system: You are a helpful assistant.
user:
Analyze the provided spectrum to determine if it is a **White Dwarf (WD)**.

A White Dwarf spectrum is defined by its **extreme purity** (due to gravitational settling) and/or **extreme pressure broadening** (due to high surface gravity). You must check for one of the following mutually exclusive signatures:

- **Key Visual Indicators (Check for ONE of these types):**

    - **1. DA-Type Signature (Most Common):**
        - **(Primary Feature):** Extreme pressure broadening (Stark broadening) of the **Hydrogen (H) Balmer lines**.
        - **(Key Lines):** $H\beta$ (approx. $4861$ Å) and $H\gamma$ (approx. $4340$ Å). $H\alpha$ (approx. $6563$ Å) will also be present if the wavelength range covers it.
        - **(Line Profile):** This is the **defining feature**. The lines are **NOT** sharp. They appear as massive, **extremely broad and deep "troughs" or "dips"** in the spectrum, often hundreds of Ångströms wide. The continuum will appear to "scoop" down at these wavelengths.
        - **(Distinction):** Normal A-type or B-type stars have *narrow* and *sharp* Hydrogen lines. A DA White Dwarf's lines are unmistakably "smeared" or "blurry" from pressure.

    - **2. DB-Type Signature:**
        - **(Primary Feature):** Broad absorption lines from **Neutral Helium (He I)**. The spectrum must lack any visible Hydrogen lines.
        - **(Key Lines):** Look for broad absorption near $4471$ Å, $4921$ Å, and $5876$ Å.
        - **(Line Profile):** These lines are also significantly pressure-broadened, appearing much wider than they would in a normal B-type main-sequence star.

    - **3. DC-Type Signature:**
        - **(Primary Feature):** A **featureless continuous spectrum**.
        - **(Line Profile):** The spectrum is a smooth curve with **no significant absorption or emission lines**.
        - **(Key Confirmation):** The continuum is almost always **blue or white**, indicating a hot object. This signature implies the atmosphere is so pure (or so cool) that no spectral lines are visible in the optical range. Its WD identity is confirmed by its extremely low intrinsic brightness (high absolute magnitude).

    - **4. DZ-Type Signature (Metal-Polluted):**
        - **(Primary Feature):** **Isolated, narrow metal absorption lines** on an otherwise featureless (DC-like) continuum.
        - **(Key Lines):** The **Calcium (Ca II) H & K doublet** (approx. **$3934$ Å** and **$3968$ Å**) is the most common and defining feature.
        - **(Line Profile):** These lines are "out of place." They are *not* part of a "forest" of thousands of lines. This signature is evidence of recent *accretion* (pollution) from rocky debris.
        - **(Distinction):** Normal G/K/M stars have a *dense forest* of thousands of metal lines. A DZ has a *clean* continuum with *only a few* strong metal lines.

    - **5. DQ-Type Signature (Carbon-Polluted):**
        - **(Primary Feature):** Absorption bands from **Carbon (C₂ "Swan Bands" or atomic C I)**.
        - **(Key Lines - C₂):** Look for bandheads with a "saw-tooth" shape near $5635$ Å, **$5165$ Å** (strongest), and $4737$ Å.
        - **(Key Confirmation):** The underlying **continuum must be blue or white** (hot).
        - **(Distinction):** This is the critical difference from a **Carbon Star**, which has the *exact same* C₂ bands but on an extremely **red, cool** continuum.

- **(Overall Spectrum):**
    - The continuum (overall shape) is typically **blue-sloping** (brighter in the blue than the red), as most white dwarfs are very hot.
    - The spectrum will look "pure" or "simple," dominated by only *one* of the five signatures listed above.

Think first, call **spectral_visualization_tool** if needed to examine features in detail, then provide your final answer. Your response must adhere to the following strict rules:
1.  **Overall Structure:** Your response must follow the format `<think>...</think> <tool_call>...</tool_call> (if a tool is used) <answer>...</answer>`.
2.  **Tool Usage Constraint:** You may only make **one** tool call per turn.
3.  **Final Answer Format:** In the `<answer>` tag, your conclusion must be inside a `\boxed{}` command (e.g., `\boxed{YES}` or `\boxed{NO}`), followed by your justification.

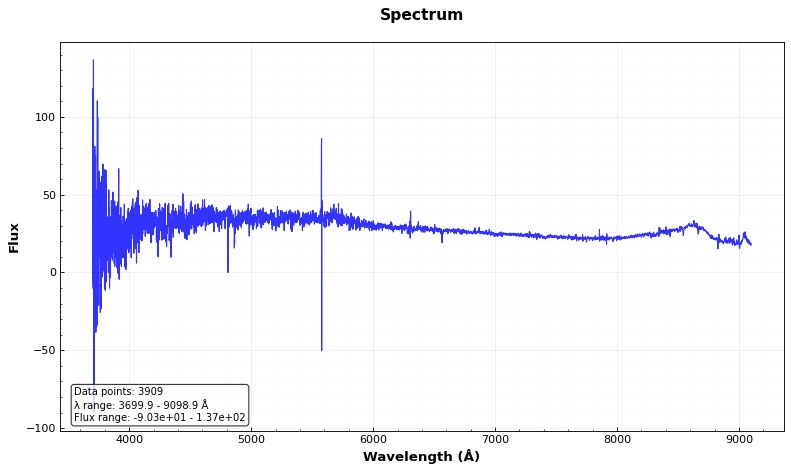
Answer: NO